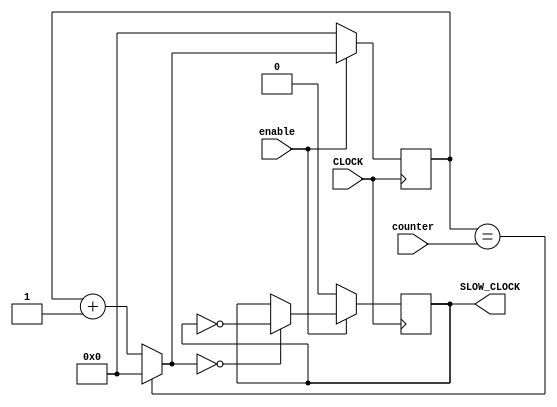
`timescale 1ns / 1ps
//////////////////////////////////////////////////////////////////////////////////
// Company: 
// Engineer: 
// 
// Design Name: 
// Module Name: variable_clock
// Project Name: 
// Target Devices: 
// Tool Versions: 
// Description: 
// 
// Dependencies: 
// 
// Revision:
// Revision 0.01 - File Created
// Additional Comments:
// 
//////////////////////////////////////////////////////////////////////////////////


module variableClock(input CLOCK,
                      input [31:0]counter,
                      input enable,
                      output reg SLOW_CLOCK = 0);

    reg [31:0]COUNT = 0;
    
    always @ (posedge CLOCK) begin
        if (enable) begin
            COUNT = (COUNT == counter) ? 0 : COUNT + 1;
            SLOW_CLOCK = ( COUNT == 0 ) ? ~SLOW_CLOCK : SLOW_CLOCK;
        end
        if (~enable) begin
            COUNT <= 0;
            SLOW_CLOCK <= 0;
        end
    end
        
endmodule